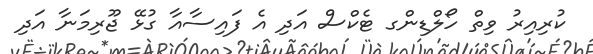
ކުރިއިރު ވިތް ހޯލްޑިންގ ޓެކްސް އަދި އެ ފައިސާއާ ގުޅޭ ޖޫރިމަނާ އަދި